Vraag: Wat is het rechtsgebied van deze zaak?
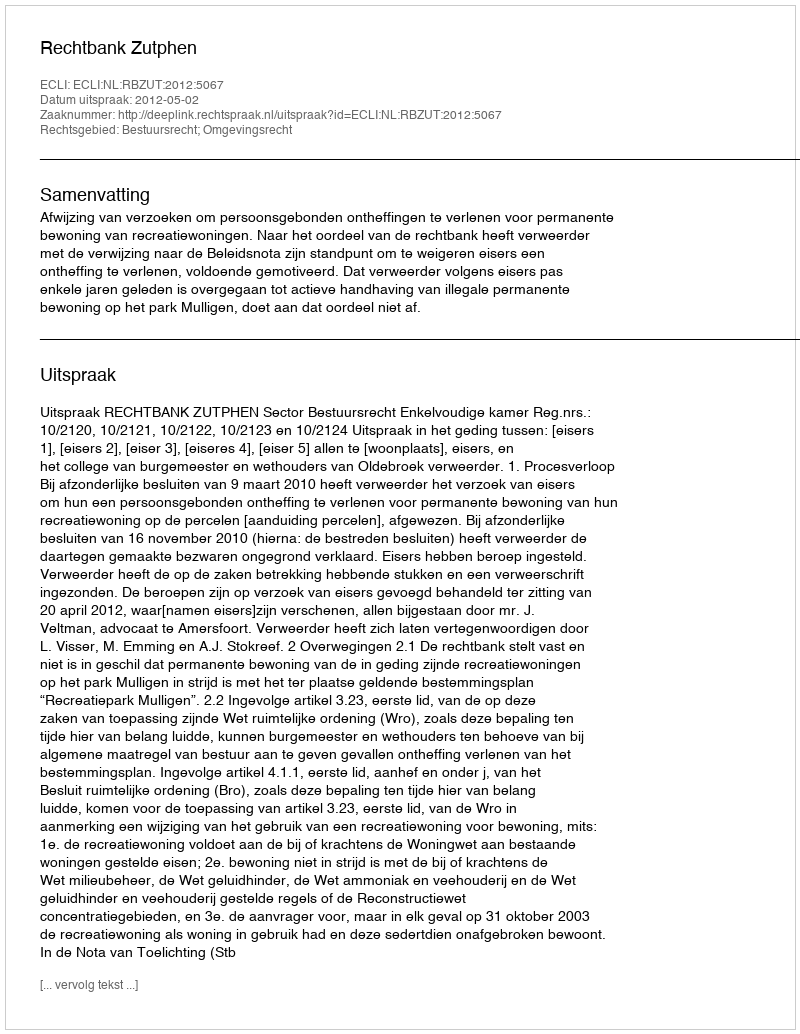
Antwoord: Bestuursrecht; Omgevingsrecht